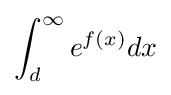
\int _{d}^{\infty }e^{f(x)}dx